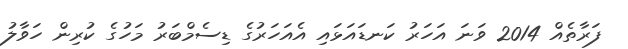
ފަރާތެއް 2014 ވަނަ އަހަރު ކަނޑައަޅައި އެއަހަރުގެ ޑިސެމްބަރު މަހުގެ ކުރިން ހަވާލު